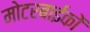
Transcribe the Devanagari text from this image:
मोटरबाईकों